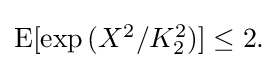
{\textstyle \operatorname {E} [\exp {(X^{2}/K_{2}^{2})}]\leq 2.}